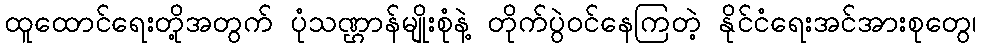
ထူထောင်ရေးတို့အတွက် ပုံသဏ္ဌာန်မျိုးစုံနဲ့ တိုက်ပွဲဝင်နေကြတဲ့ နိုင်ငံရေးအင်အားစုတွေ၊